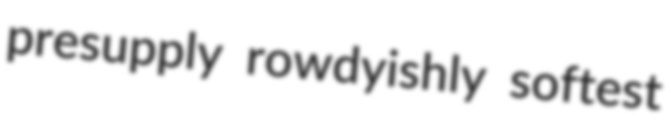
presupply rowdyishly softest